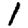
Digit: 1